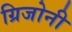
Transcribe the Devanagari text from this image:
ग्रिजोनी